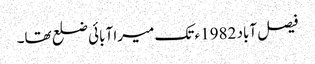
فیصل آباد 1982ء تک میرا آبائی ضلع تھا۔